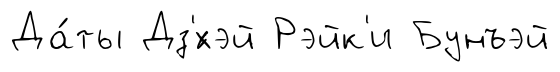
Да́ты Дз'́хэй Рэйк'и Бунъэй